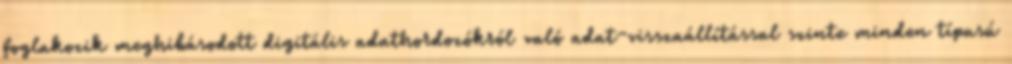
foglakozik meghibásodott digitális adathordozókról való adat-visszaállítással szinte minden típusú